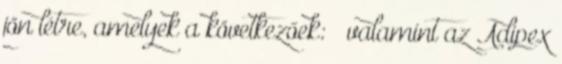
jön létre, amelyek a következőek: – valamint az Adipex